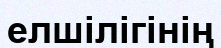
елшілігінің